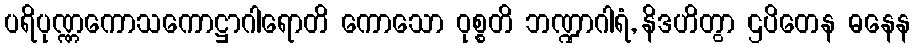
ပရိပုဏ္ဏကောသကောဋ္ဌာဂါရောတိ ကောသော ဝုစ္စတိ ဘဏ္ဍာဂါရံ, နိဒဟိတွာ ဌပိတေန ဓနေန